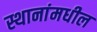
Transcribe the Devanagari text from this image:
स्थानांमधील